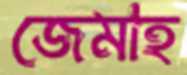
জেমাহ